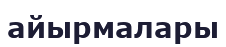
айырмалары